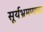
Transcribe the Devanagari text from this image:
सूर्यभ्रमणावर